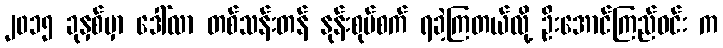
၂၀၁၅ ခုနှစ်မှာ ဒေါ်လာ တစ်သန်းတန် နုန်းစုပ်စက် ရခဲ့ကြတယ်လို့ ဦးအောင်ကြည်ဝင်း က